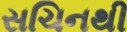
સચિનથી